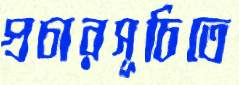
প্রচারসূচিতে